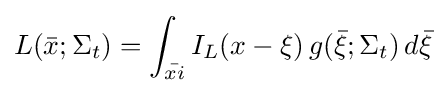
L({\bar {x}};\Sigma _{t})=\int _{\bar {xi}}I_{L}(x-\xi )\,g({\bar {\xi }};\Sigma _{t})\,d{\bar {\xi }}